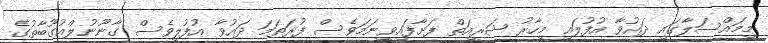
މިމައްސަލާގައި ދައުވާ އުފުލައި މިހާރު ޝަރީއަތް ފަށާފައިވީނަމަވެސް ފުރަތަމަ ދައުވާ އުފުލީވެސް ގާނޫނުލްއުގޫބާތުގެ